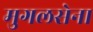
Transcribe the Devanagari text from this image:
मुगलसेना